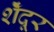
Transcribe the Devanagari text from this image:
शेँदूर